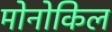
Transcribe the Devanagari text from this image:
मोनोकिल